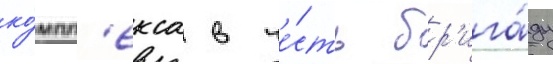
ко́мпл'екса в че́сть бр'ига́ды